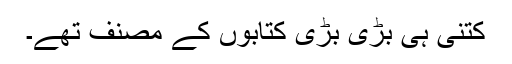
کتنی ہی بڑی بڑی کتابوں کے مصنف تھے۔